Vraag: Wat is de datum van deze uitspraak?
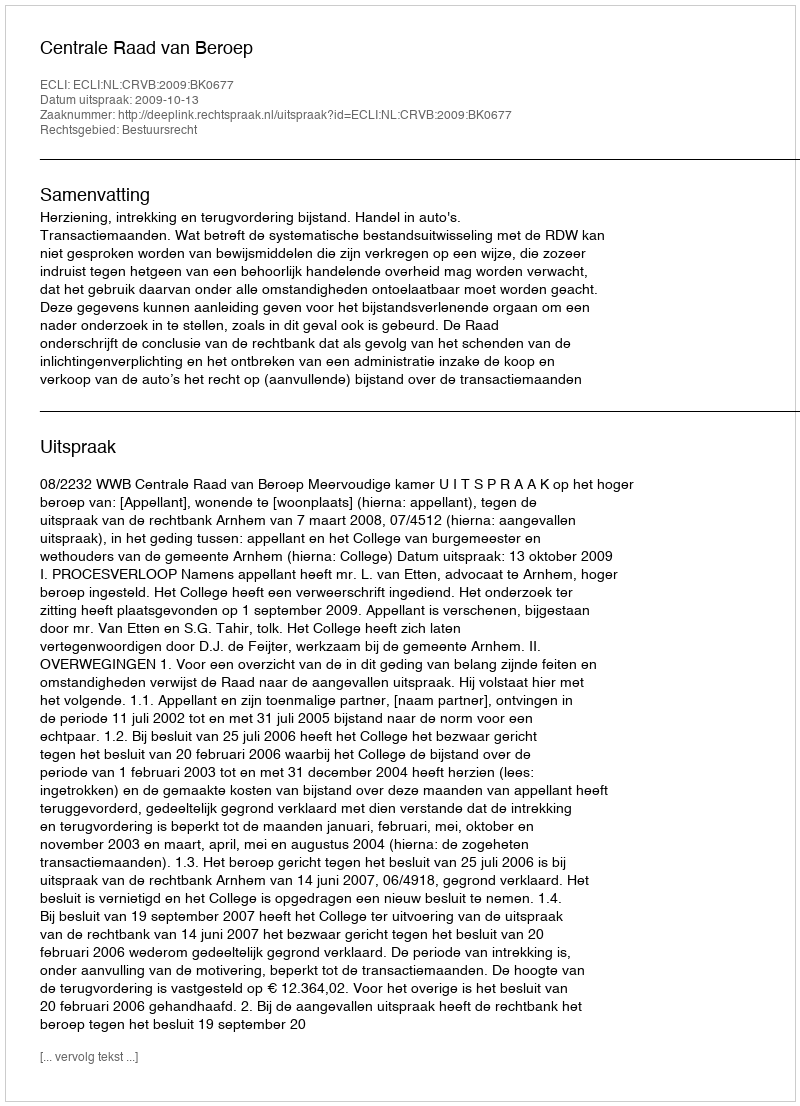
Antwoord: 2009-10-13